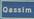
oassim